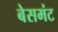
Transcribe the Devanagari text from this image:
बेसमंट